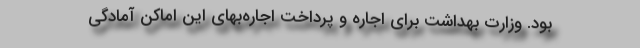
بود. وزارت بهداشت برای اجاره و پرداخت اجاره‌بهای این اماکن آمادگی